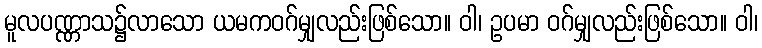
မူလပဏ္ဏာသ၌လာသော ယမကဝဂ်မျှလည်းဖြစ်သော။ ဝါ၊ ဥပမာ ဝဂ်မျှလည်းဖြစ်သော။ ဝါ၊